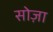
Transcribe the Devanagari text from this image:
सोज़ा